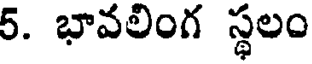
5. భావలింగ స్థలం